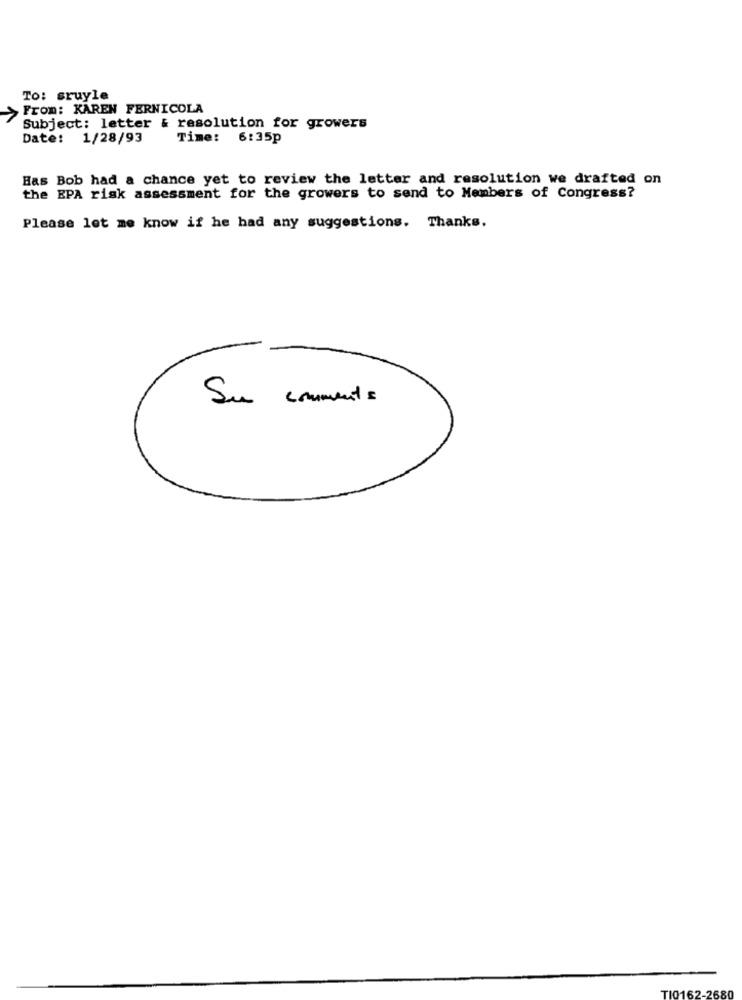
To: sruyle
From: KAREN FERNICOLA
Subject: letter & resolution for growers
Date: 1/28/93
Time: 6:35p
Has Bob had a chance yet to review the letter and resolution we drafted on
the EPA risk assessment for the growers to send to Members of Congress?
Please let me know if he had any suggestions. Thanks.
Su comments